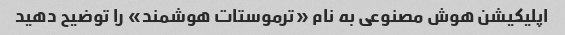
اپلیکیشن هوش مصنوعی به نام «ترموستات هوشمند» را توضیح دهید